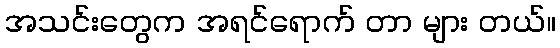
အသင်းတွေက အရင်ရောက် တာ များ တယ်။